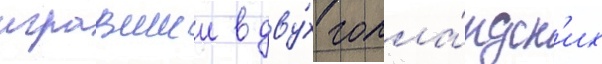
игравшии в дву́х голла́ндск'их